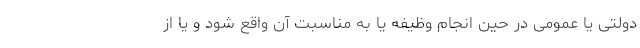
دولتی یا عمومی در حین انجام وظیفه یا به مناسبت آن واقع شود و یا از